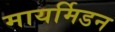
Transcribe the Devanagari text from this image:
मायर्मिडन